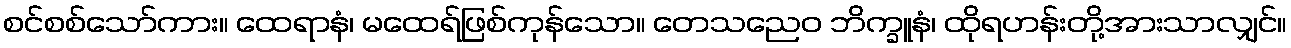
စင်စစ်သော်ကား။ ထေရာနံ၊ မထေရ်ဖြစ်ကုန်သော။ တေသညေဝ ဘိက္ခူနံ၊ ထိုရဟန်းတို့အားသာလျှင်။